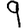
Digit: 9